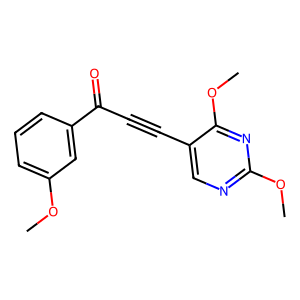
SMILES: COc1cccc(C(=O)C#Cc2cnc(OC)nc2OC)c1
Inhibits HIV replication: No